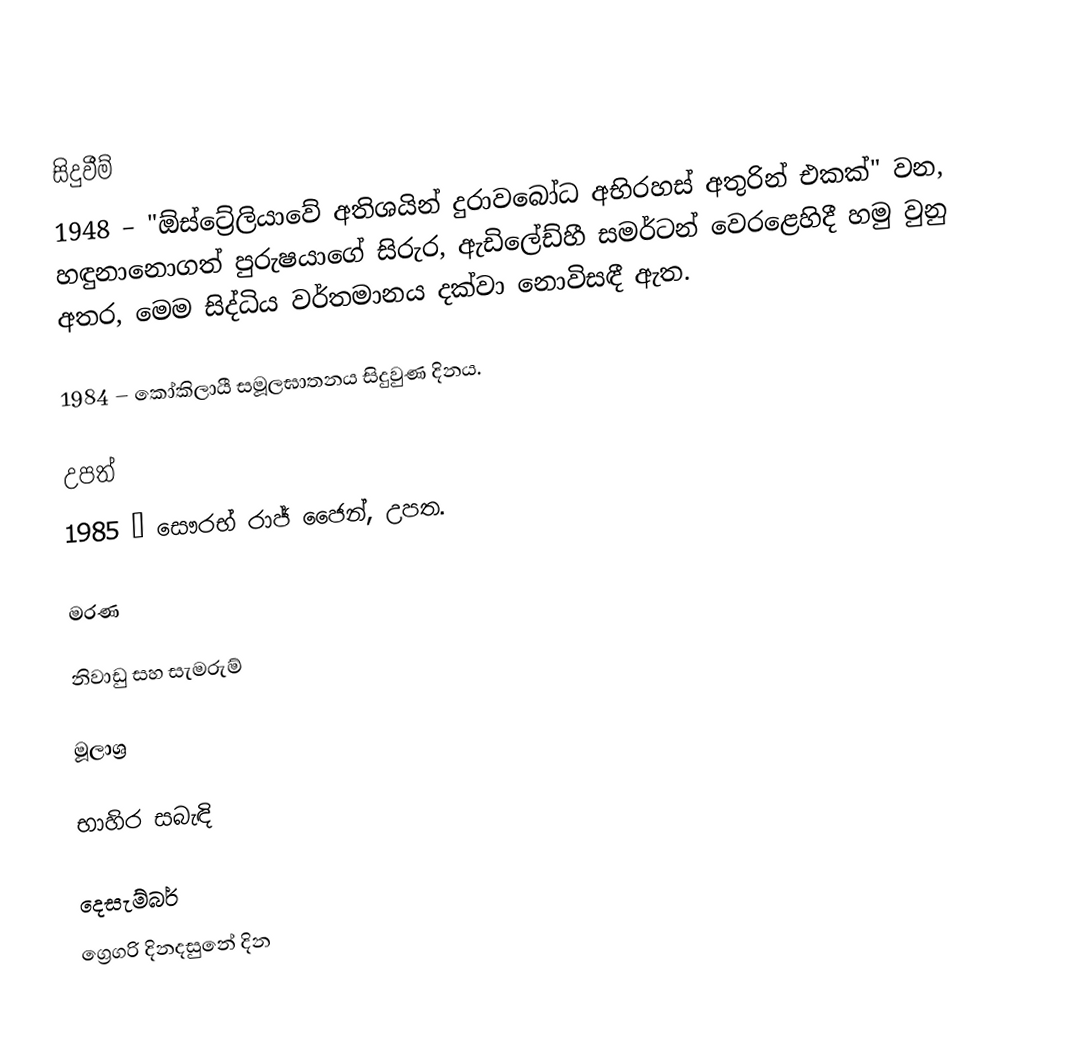

සිදුවීම්
 1948 – "ඕස්ට්‍රේලියාවේ අතිශයින් දුරාවබෝධ අභිරහස් අතුරින් එකක්" වන, හඳුනානොගත් පුරුෂයාගේ සිරුර, ඇඩිලේඩ්හී සමර්ටන් වෙරළෙහිදී හමු වුනු අතර, මෙම සිද්ධිය වර්තමානය දක්වා නොවිසඳී ඇත.

 1984 – කෝකිලායී සමූලඝාතනය සිදුවුණ දිනය.

උපත්
 1985 – සෞරභ් රාජ් ජෛන්, උපත.

මරණ

නිවාඩු සහ සැමරුම්

මූලාශ්‍ර

භාහිර සබැඳි

දෙසැම්බර්
ග්‍රෙගරි දිනදසුනේ දින